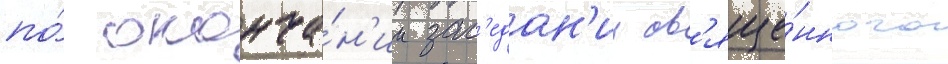
по́ оконча́н'ии зас'едан'ии св'яще́нного